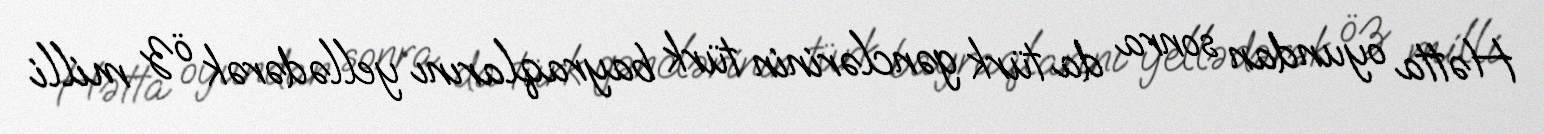
Hətta oyundan sonra da türk gənclərinin türk bayraqlarını yellədərək öz milli